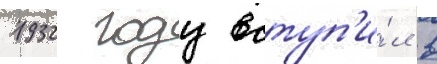
1932 году вступ'и́л в